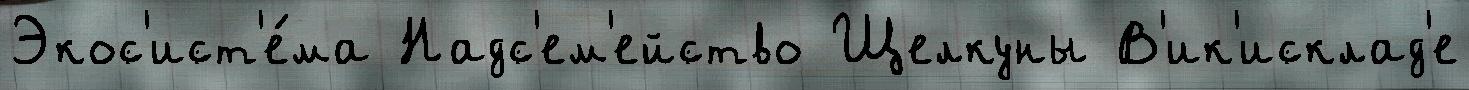
Экос'ист'е́ма Надс'ем'ейство Щелкуны В'ик'исклад'е